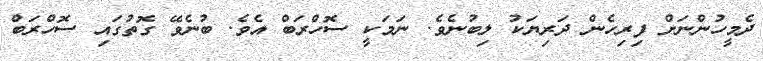
ދެމީހުންނަށް ފިރިހެން ދަރިޔަކު ލިބުނެވެ. ނަމަކީ ސޮހްރަބް އެވެ. ބުނެވޭ ގޮތުގައި ސޮހްރަބް